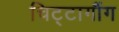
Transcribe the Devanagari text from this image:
चिट्टागौंग